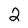
Character: 2